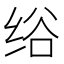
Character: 绤